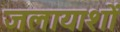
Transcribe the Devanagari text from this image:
जलायाशों